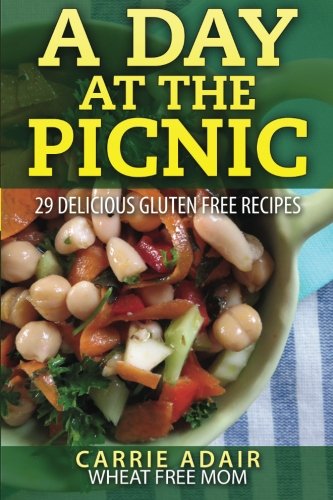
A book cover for A Day At The Picnic: 29 Delicious Gluten Free Recipes; Carrie Adair; Cookbooks, Food & Wine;